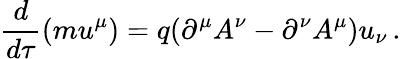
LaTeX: \frac{d}{d\tau}(mu^{\mu})=q(\partial^{\mu}A^{\nu}-\partial^{\nu}A^{\mu})u_{\nu}\, .